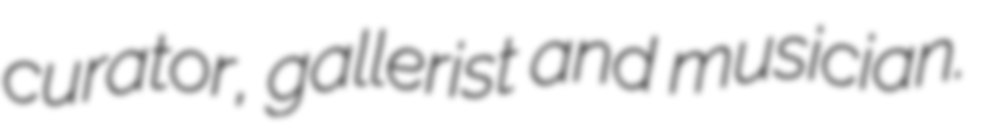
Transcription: curator, gallerist and musician.